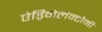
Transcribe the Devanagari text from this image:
ऐड्रिनेलैक्टोमी